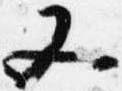
又